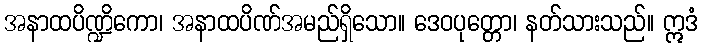
အနာထပိဏ္ဍိကော၊ အနာထပိဏ်အမည်ရှိသော။ ဒေဝပုတ္တော၊ နတ်သားသည်။ ဣဒံ